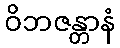
ဝိဘဇန္တာနံ